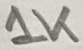
Text: 1K